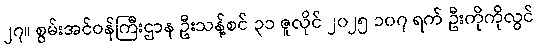
၂၇။ စွမ်းအင်ဝန်ကြီးဌာန ဦးသန့်စင် ၃၁ ဇူလိုင် ၂၀၂၅ ၁၀၇ ရက် ဦးကိုကိုလွင်